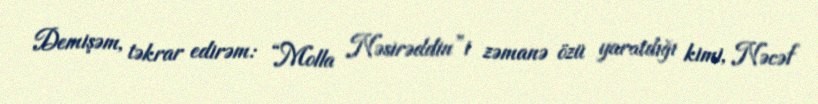
Demişəm, təkrar edirəm: “Molla Nəsirəddin”i zəmanə özü yaratdığı kimi, Nəcəf